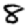
Digit: 8